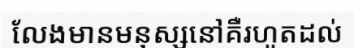
លែងមានមនុស្សនៅគឺរហូតដល់